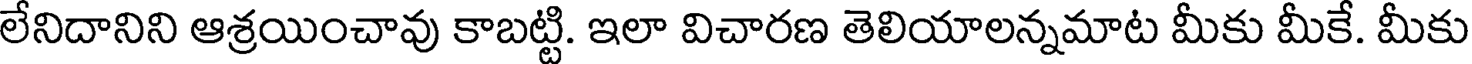
లేనిదానిని ఆశ్రయించావు కాబట్టి. ఇలా విచారణ తెలియాలన్నమాట మీకు మీకే. మీకు